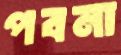
পবনা